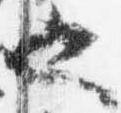
也